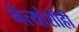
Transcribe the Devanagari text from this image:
नेत्यांशीही